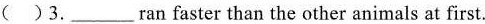
( )3.___ ran faster than the other animals at first.